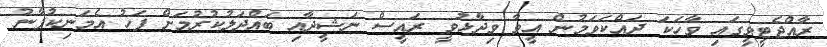
ރާއްޖެޓީވީގައި ވާހަކަ ދައްކަވަމުން އީވާ ވިދާޅުވީ ރައީސް ނަޝީދާއި ބައްދަލުކުރުމަށް ފަހު އެމަނިކުފާނު